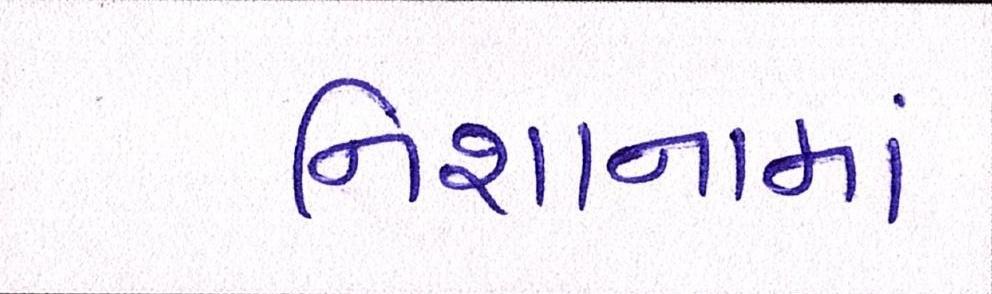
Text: નિશાનામાં